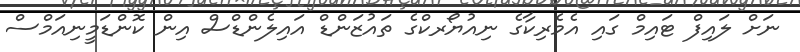
ނަށް ލައިފް ޓައިމް ގައި އެމެރިކާގެ ނިއުޔޯރކްގެ ތައުޒަންޑް އައިލެންޑްސް އިން ކޮންޑަމީނިއަމްސް